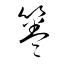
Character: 箞